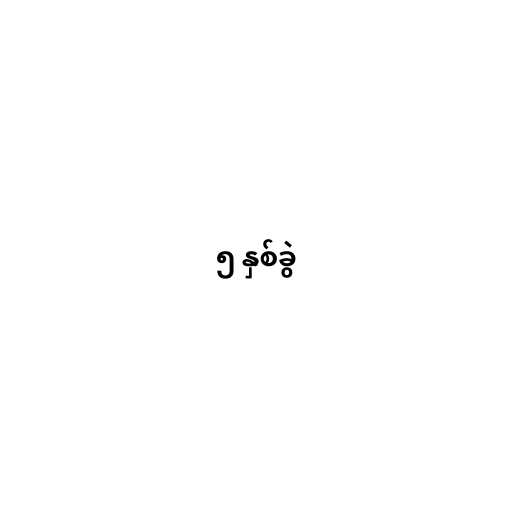
၅ နှစ်ခွဲ